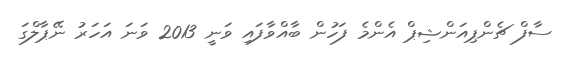
ސާފް ޗެންޕިއަންޝިޕް އެންމެ ފަހުން ބާއްވާފައި ވަނީ 2013 ވަނަ އަހަރު ނޭޕާލްގަ